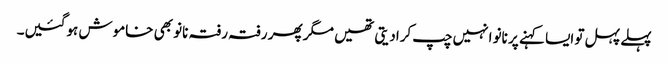
پہلے پہل تو ایسا کہنے پر نانو انہیں چپ کرادیتی تھیں مگر پھر رفتہ رفتہ نانو بھی خاموش ہوگئیں۔